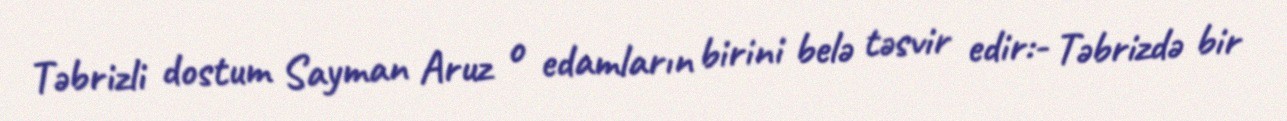
Təbrizli dostum Sayman Aruz o edamların birini belə təsvir edir:- Təbrizdə bir